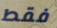
فقط